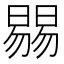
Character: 𣊷